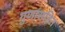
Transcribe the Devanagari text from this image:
गुणांसहित